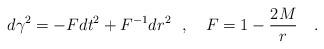
LaTeX: \begin{align*}d\gamma^2=-Fdt^2+F^{-1}dr^2~~,~~~F=1-{2M \over r}~~~.\end{align*}